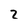
Character: 2